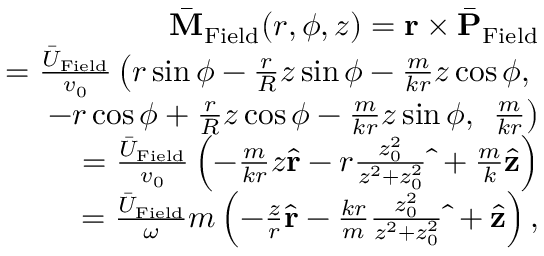
\begin{array} { r l r } & { } & { \bar { \bf M } _ { \mathrm { F i e l d } } ( r , \phi , z ) = { \bf r } \times \bar { \bf P } _ { \mathrm { F i e l d } } } \\ & { } & { = \frac { \bar { U } _ { \mathrm { F i e l d } } } { v _ { 0 } } \left( r \sin \phi - \frac { r } { R } z \sin \phi - \frac { m } { k r } z \cos \phi , \right. } \\ & { } & { \quad \quad - r \cos \phi + \frac { r } { R } z \cos \phi - \frac { m } { k r } z \sin \phi , \ \left. \frac { m } { k r } \right) } \\ & { } & { = \frac { \bar { U } _ { \mathrm { F i e l d } } } { v _ { 0 } } \left( - \frac { m } { k r } z \hat { \bf r } - r \frac { z _ { 0 } ^ { 2 } } { z ^ { 2 } + z _ { 0 } ^ { 2 } } \hat { \bf \Phi } + \frac { m } { k } \hat { \bf z } \right) } \\ & { } & { = \frac { \bar { U } _ { \mathrm { F i e l d } } } { \omega } m \left( - \frac { z } { r } \hat { \bf r } - \frac { k r } { m } \frac { z _ { 0 } ^ { 2 } } { z ^ { 2 } + z _ { 0 } ^ { 2 } } \hat { \bf \Phi } + \hat { \bf z } \right) , } \end{array}